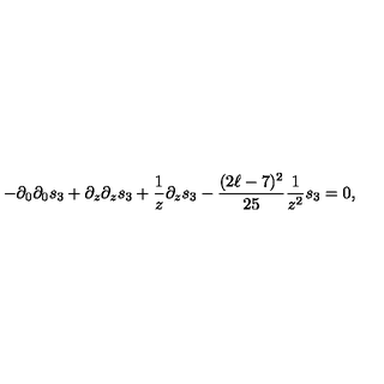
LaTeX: - \partial _ { 0 } \partial _ { 0 } s _ { 3 } + \partial _ { z } \partial _ { z } s _ { 3 } + { \frac { 1 } { z } } \partial _ { z } s _ { 3 } - { \frac { ( 2 \ell - 7 ) ^ { 2 } } { 2 5 } } { \frac { 1 } { z ^ { 2 } } } s _ { 3 } = 0 ,